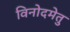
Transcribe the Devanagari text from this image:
विनोदमेतु